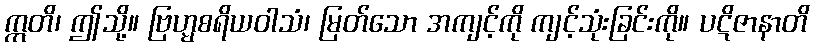
ဣတိ၊ ဤသို့။ ဗြဟ္မစရိယဝါသံ၊ မြတ်သော အကျင့်ကို ကျင့်သုံးခြင်းကို။ ပဋိဇာနာတိ